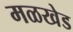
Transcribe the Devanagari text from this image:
मळखेड